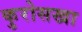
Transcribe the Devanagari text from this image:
कुरोसखा